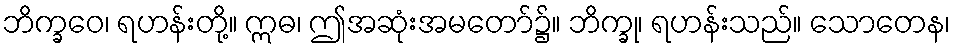
ဘိက္ခဝေ၊ ရဟန်းတို့။ ဣဓ၊ ဤအဆုံးအမတော်၌။ ဘိက္ခု၊ ရဟန်းသည်။ သောတေန၊